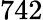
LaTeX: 742